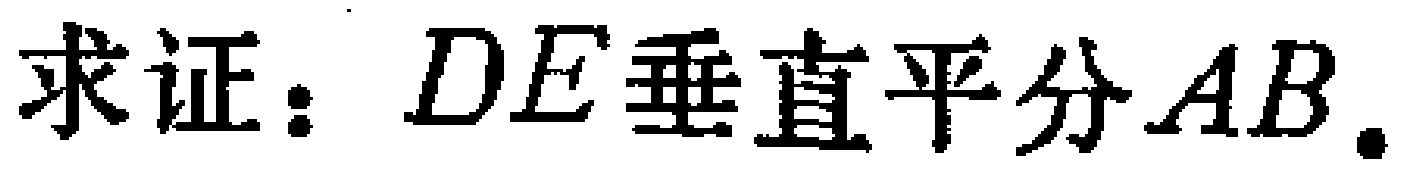
求证：$DE垂直平分AB.$